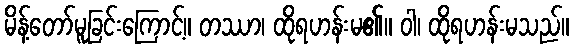
မိန့်တော်မူခြင်းကြောင့်။ တဿာ၊ ထိုရဟန်းမ၏။ ဝါ၊ ထိုရဟန်းမသည်။